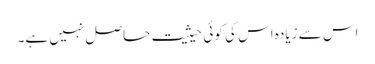
اس سے زیادہ اس کی کوئی حیثیت حاصل نہیں ہے۔